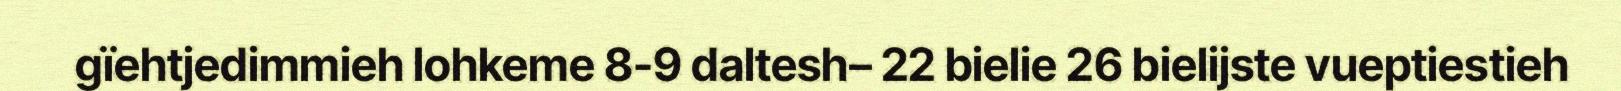
gïehtjedimmieh lohkeme 8-9 daltesh– 22 bielie 26 bielijste vueptiestieh